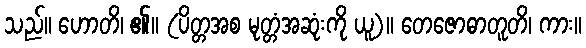
သည်။ ဟောတိ၊ ၏။ (ပိတ္တအစ မုတ္တံအဆုံးကို ယူ)။ တေဇောဓာတူတိ၊ ကား။